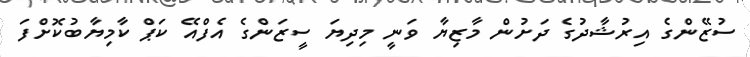
ސުޒޭންގެ އިރުޝާދުގެ ދަށުން މާޒިޔާ ވަނީ މިދިޔަ ސީޒަންގެ އެފްއޭ ކަޕް ކާމިޔާބުކޮށްފަ